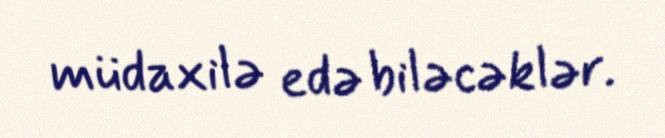
müdaxilə edə biləcəklər.